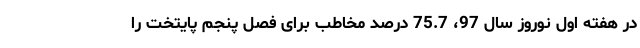
در هفته اول نوروز سال 97، 75.7 درصد مخاطب برای فصل پنجم پایتخت را